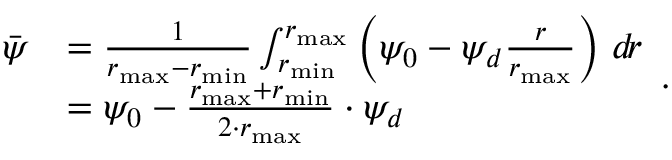
\begin{array} { r l } { \bar { \psi } } & { = \frac { 1 } { r _ { \mathrm { m a x } } - r _ { \mathrm { m i n } } } \int _ { r _ { \mathrm { m i n } } } ^ { r _ { \mathrm { m a x } } } \left( \psi _ { 0 } - \psi _ { d } \frac { r } { r _ { \mathrm { m a x } } } \right) \, d \! r } \\ & { = \psi _ { 0 } - \frac { r _ { \mathrm { m a x } } + r _ { \mathrm { m i n } } } { 2 \cdot r _ { \mathrm { m a x } } } \cdot \psi _ { d } } \end{array} \mathrm { . }